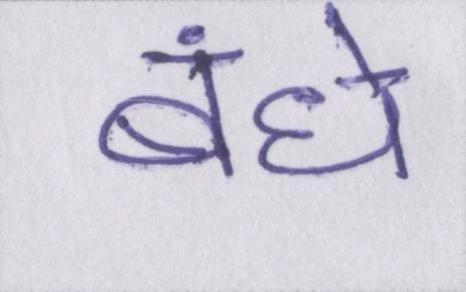
बंधे